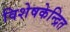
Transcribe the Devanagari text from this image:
विशेषकेन्द्रित